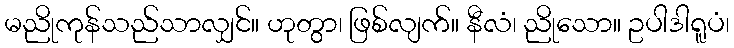
မညိုကုန်သည်သာလျှင်။ ဟုတွာ၊ ဖြစ်လျက်။ နီလံ၊ ညိုသော။ ဥပါဒါရူပံ၊